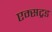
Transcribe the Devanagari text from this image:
एम्सट्रड